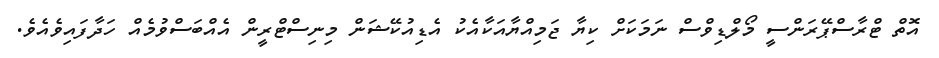
އޮތް ޓްރާސްޕޭރަންސީ މޯލްޑިވްސް ނަމަކަށް ކިޔާ ޖަމިއްޔާއަކާއެކު އެޑިއުކޭޝަން މިނިސްޓްރީން އެއްބަސްވުމެއް ހަދާފައިވެއެވެ.